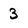
Character: 3